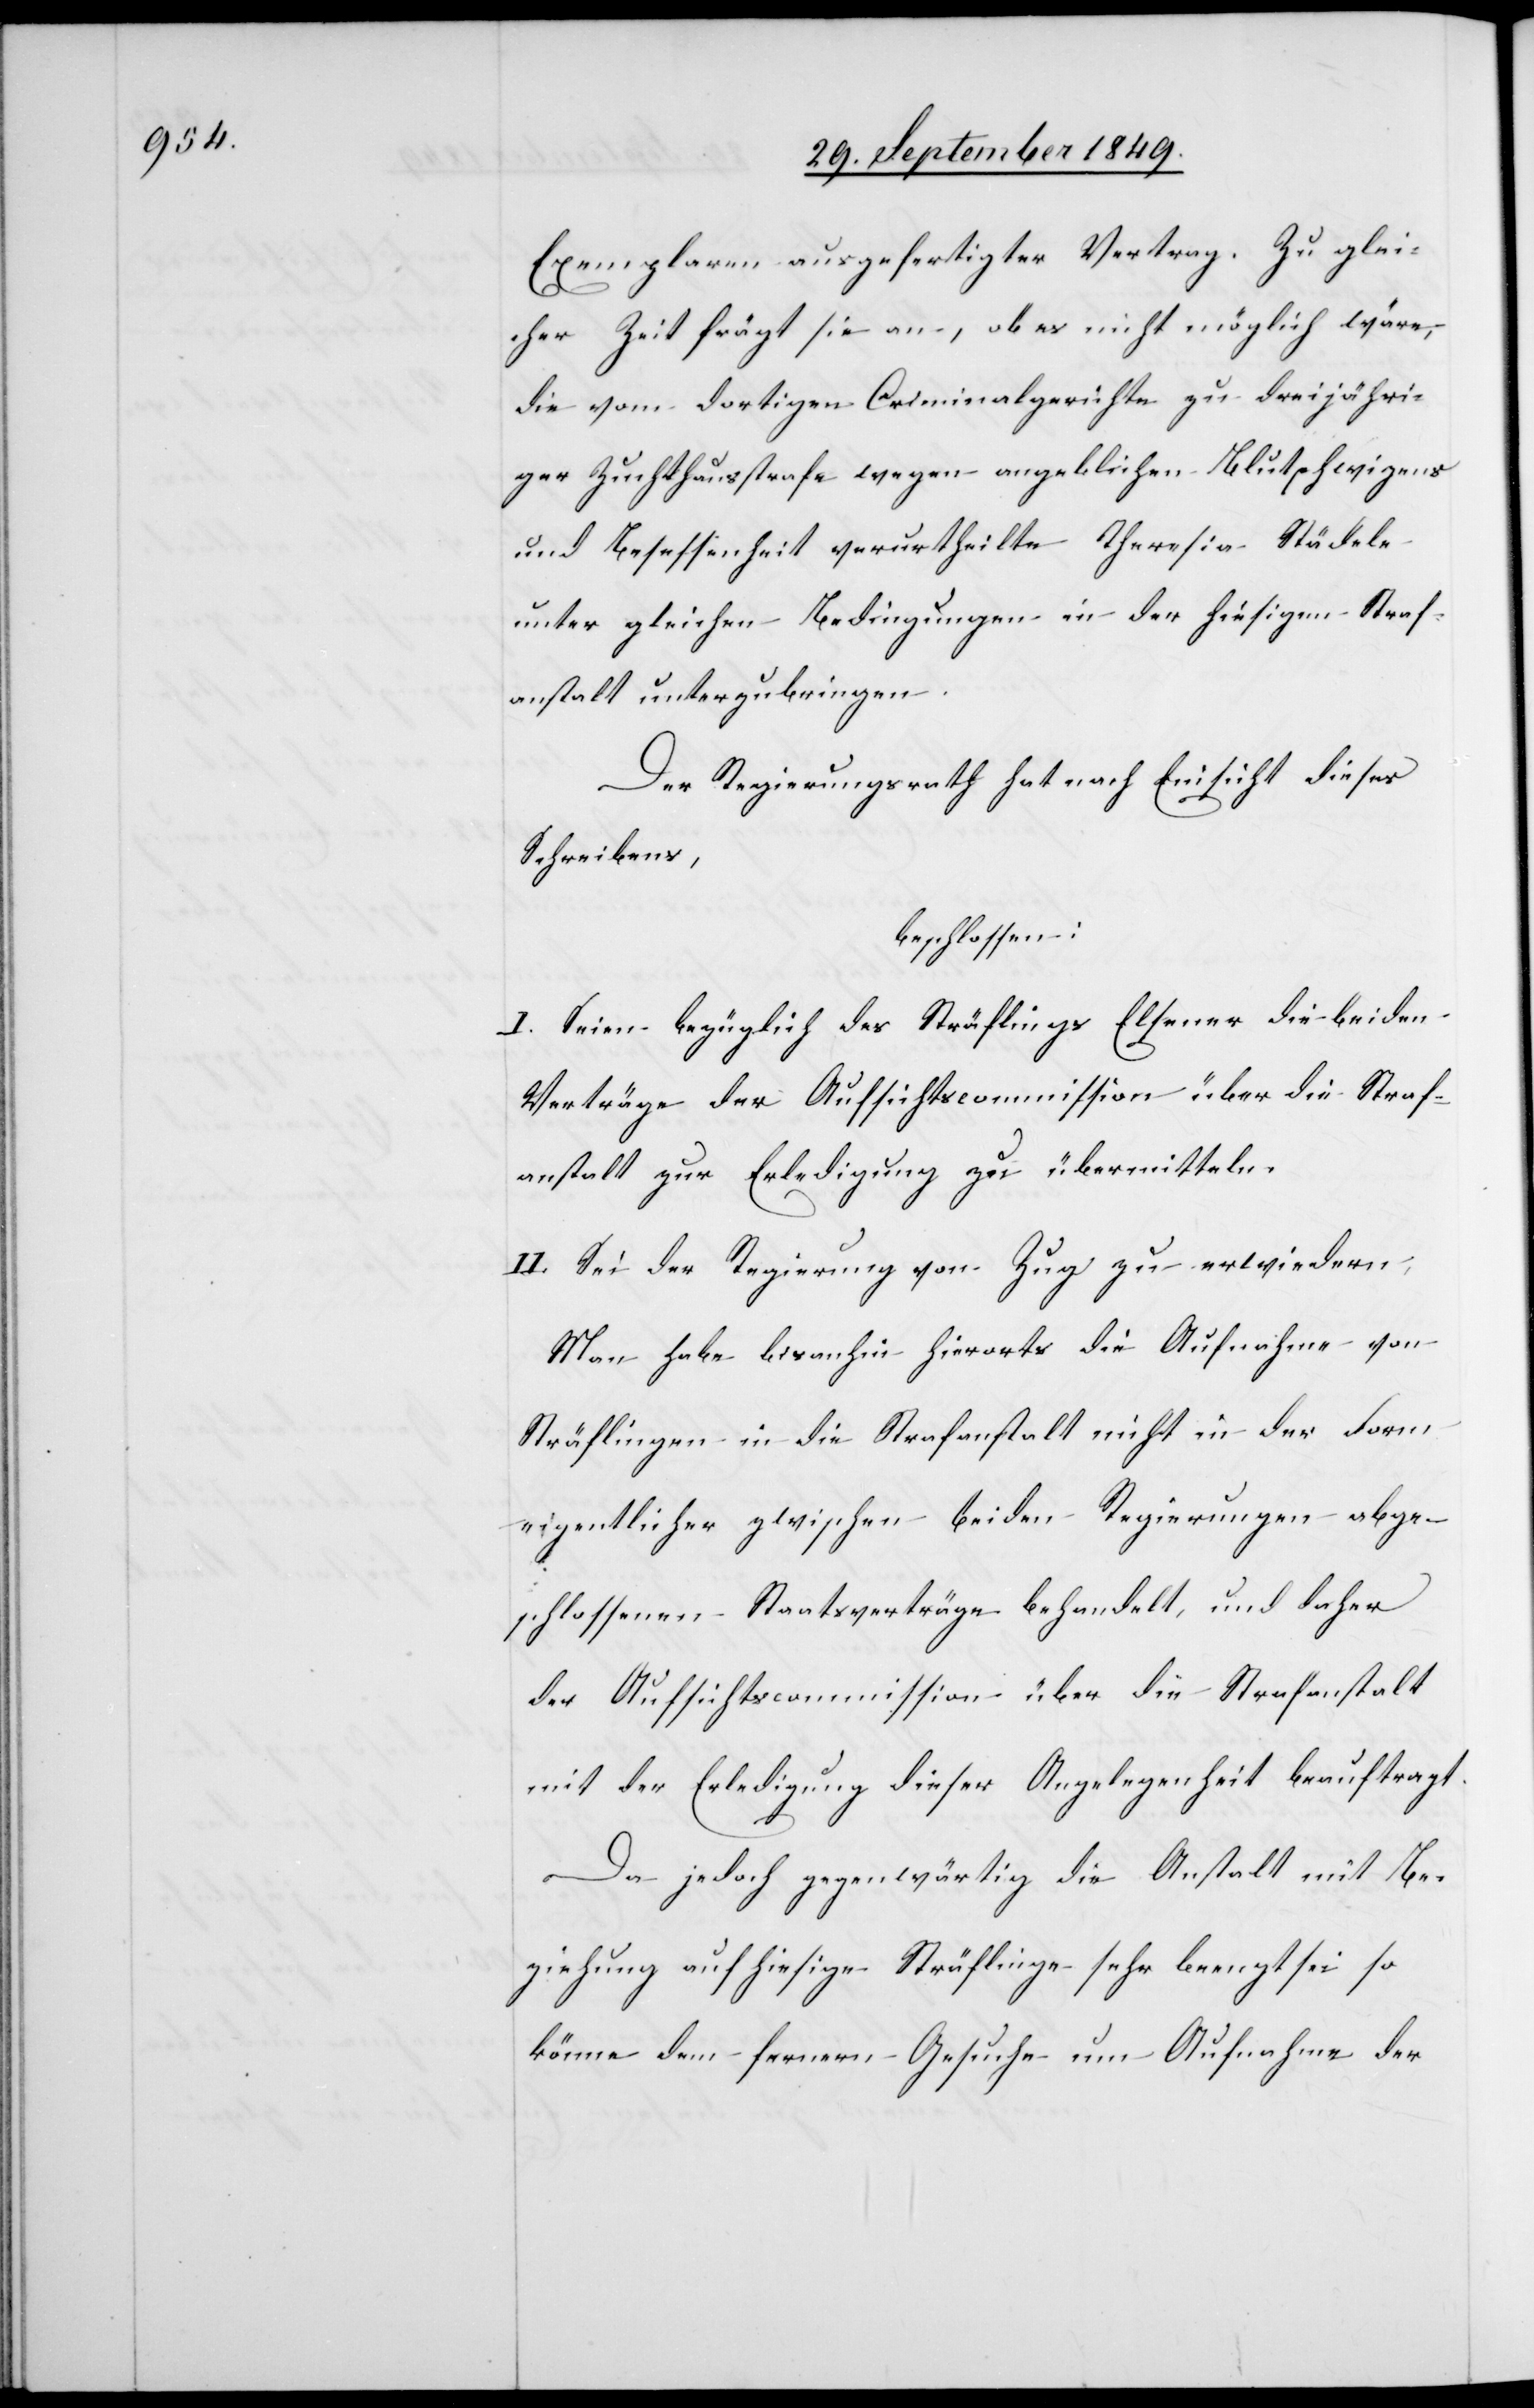
Exemplaren ausgefertigter Vertrag. Zu glei¬
cher Zeit frägt sie an, ob es nicht möglich wäre,
die vom dortigen Criminalgerichte zu dreijähri¬
ger Zuchthausstrafe wegen angeblichen Blutschwitzens
und Besessenheit verurtheilte Theresia Städele
unter gleichen Bedingungen in der hiesigen Straf¬
anstalt unterzubringen.
Der Regierungsrath hat nach Einsicht dieses
Schreibens,
beschlossen:
I. Seien bezüglich des Sträflings Elsener die beiden
Verträge der Aufsichtscommission über die Straf¬
anstalt zur Erledigung zu übermitteln.
II. Sei der Regierung von Zug zu erwiedern.
Man habe bisanhin hierorts die Aufnahme von
Sträflingen in die Strafanstalt nicht in der Form
eigentlicher zwischen beiden Regierungen abge¬
schlossenen Staatsverträge behandelt, und daher
der Aufsichtscommission über die Strafanstalt
mit der Erledigung dieser Angelegenheit beauftragt.
Da jedoch gegenwärtig die Anstalt mit Be¬
ziehung auf hiesige Sträflinge sehr beengt sei so
könne dem fernern Gesuche um Aufnahme der